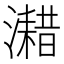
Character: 𤁏